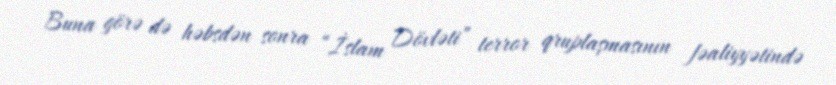
Buna görə də həbsdən sonra “İslam Dövləti” terror qruplaşmasının fəaliyyətində